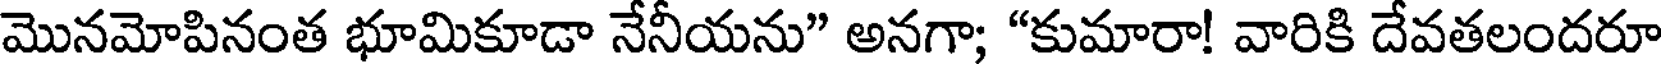
మొనమోపినంత భూమికూడా నేనీయను" అనగా; "కుమారా! వారికి దేవతలందరూ